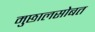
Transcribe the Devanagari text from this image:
मुछालसोबत